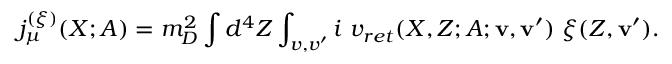
j _ { \mu } ^ { ( \xi ) } ( X ; A ) = m _ { D } ^ { 2 } \int d ^ { 4 } Z \int _ { v , v ^ { \prime } } i \ v _ { r e t } ( X , Z ; A ; { \mathbf v } , { \mathbf v } ^ { \prime } ) \ \xi ( Z , { \mathbf v } ^ { \prime } ) .